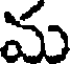
మ